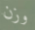
وزن